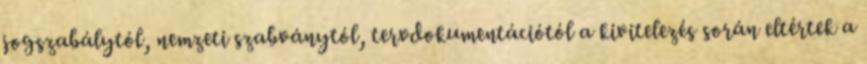
jogszabálytól, nemzeti szabványtól, tervdokumentációtól a kivitelezés során eltértek a